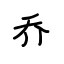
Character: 乔